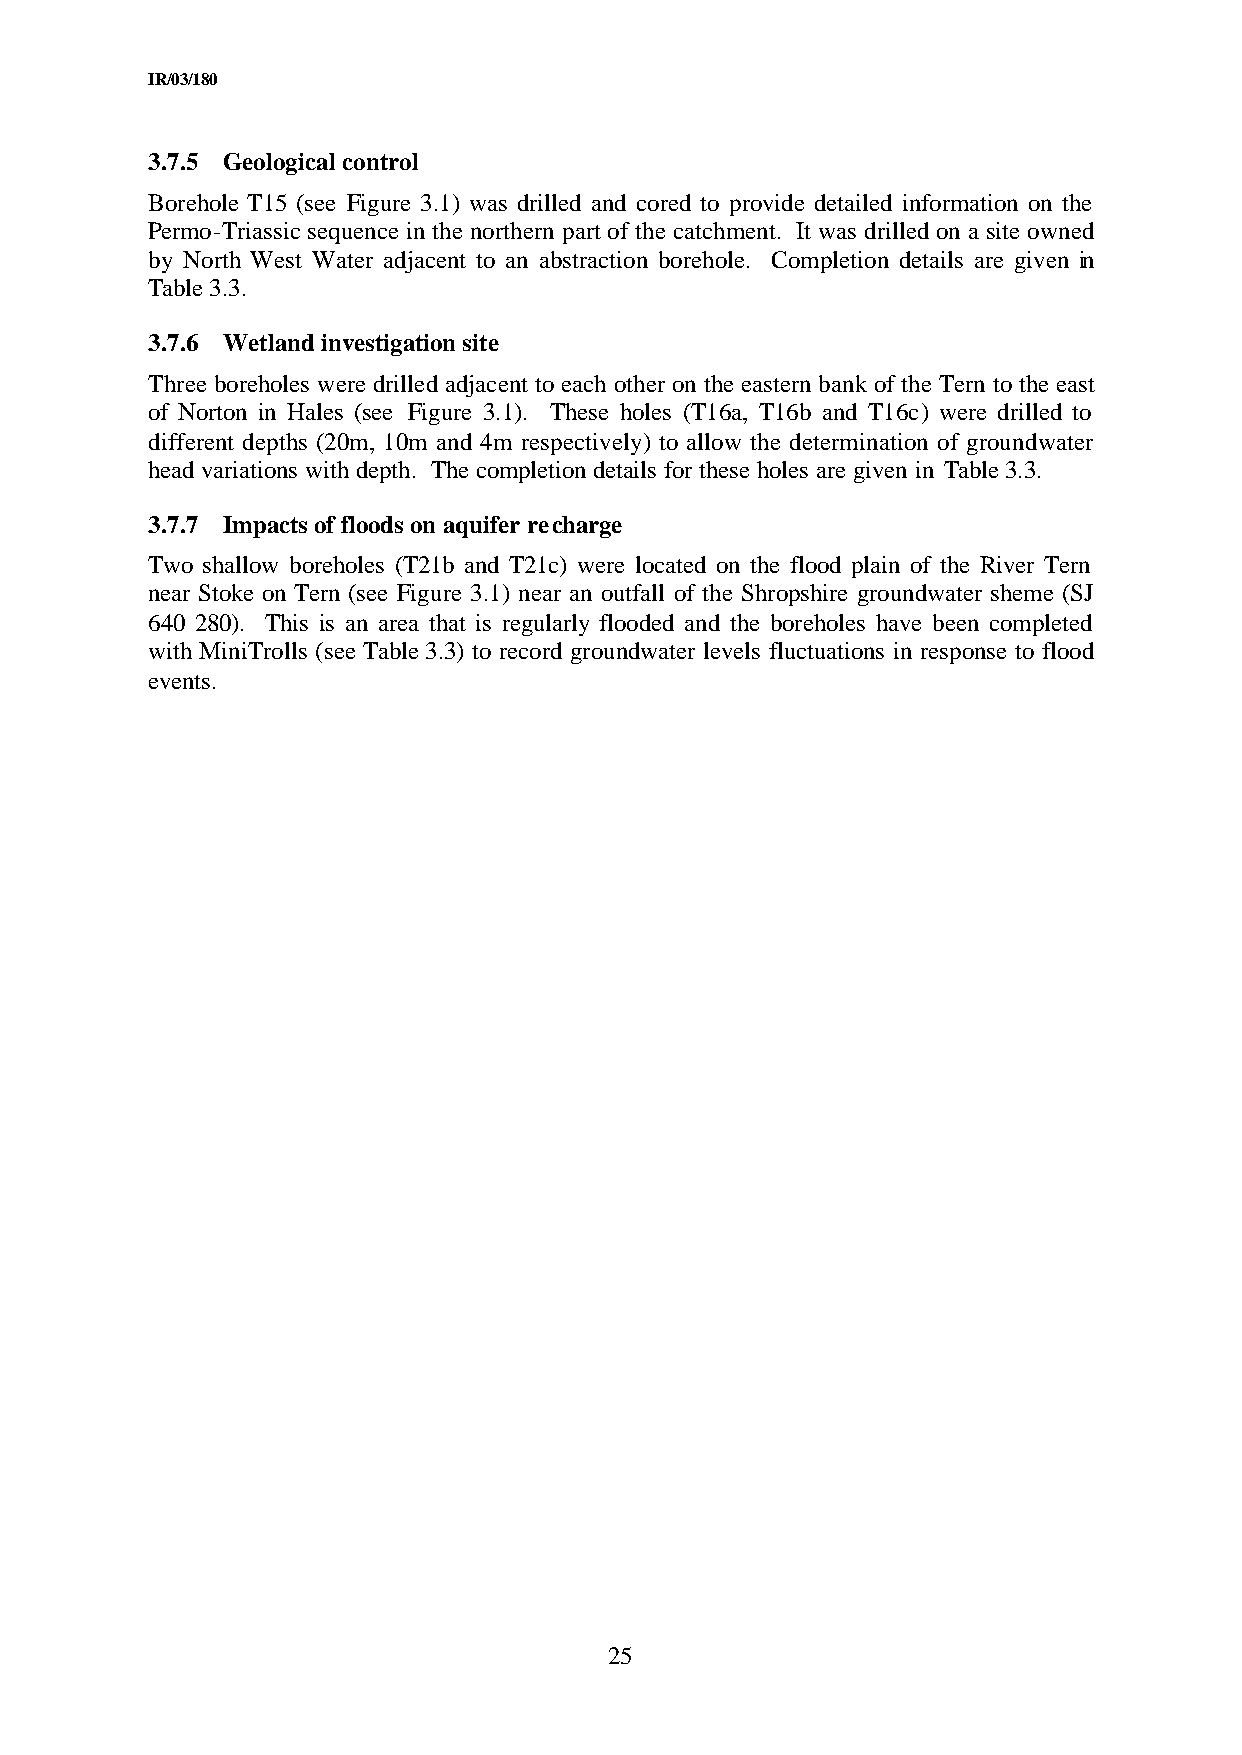
IR/03/180
 3.7.5 Geological control
 Borehole T15 (see Figure 3.1) was drilled and cored to provide detailed information on the
 Permo-Triassic sequence in the northern part of the catchment. It was drilled on a site owned
 by North West Water adjacent to an abstraction borehole. Completion details are given in
 Table 3.3.
 3.7.6 Wetland investigation site
 Three boreholes were drilled adjacent to each other on the eastern bank of the Tern to the east
 of Norton in Hales (see Figure 3.1). These holes (T16a, T16b and T16c) were drilled to
 different depths (20m, 10m and 4m respectively) to allow the determination of groundwater
 head variations with depth. The completion details for these holes are given in Table 3.3.
 3.7.7 Impacts of floods on aquifer recharge
 Two shallow boreholes (T21b and T21c) were located on the flood plain of the River Tern
 near Stoke on Tern (see Figure 3.1) near an outfall of the Shropshire groundwater sheme (SJ
 640 280). This is an area that is regularly flooded and the boreholes have been completed
 with MiniTrolls (see Table 3.3) to record groundwater levels fluctuations in response to flood
 events.
 25